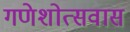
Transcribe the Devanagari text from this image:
गणेशोत्सवास